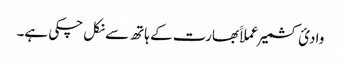
وادیٔ کشمیر عملاََ بھارت کے ہاتھ سے نکل چکی ہے۔